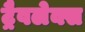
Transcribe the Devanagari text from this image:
ट्रैवलेक्स